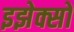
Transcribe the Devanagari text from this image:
इझेक्सों